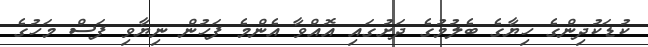
ކުޑަކުދިންގެ ހިޔާގެ ބެލުމުގެ ދަށުގައި އޮއްވާ އެންމެ ފަހުން ނިޔާވި ފަސް މަހުގެ